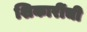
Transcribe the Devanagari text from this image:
शिकारींची